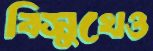
বিসুখেও